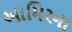
આમિરના